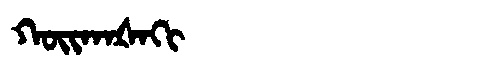
Manchu: ᡴᠣᡳᡴᠠᡧᠠᡴᡳ
Romanization: KOIKAŠAKI